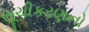
સૂચીકરણનો